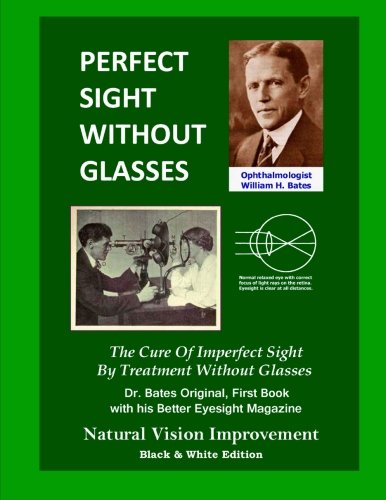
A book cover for Perfect Sight Without Glasses: The Cure Of Imperfect Sight By Treatment Without Glasses - Dr. Bates Original, First Book- Natural Vision Improvement (Black & White Edition); William H. Bates; Medical Books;